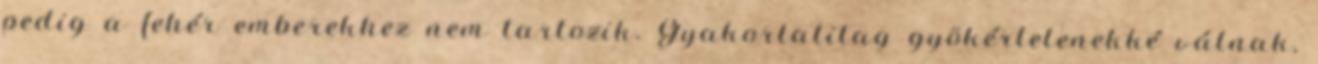
pedig a fehér emberekhez nem tartozik. Gyakorlatilag gyökértelenekké válnak,